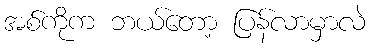
အစ်ကိုက ဘယ်တော့ ပြန်လာမှာလဲ